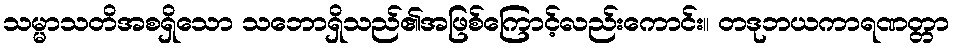
သမ္မာသတိအစရှိသော သဘောရှိသည်၏အဖြစ်ကြောင့်လည်းကောင်း။ တဒုဘယကာရဏတ္တာ